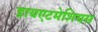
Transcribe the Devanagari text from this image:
डायएटमेशियस